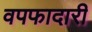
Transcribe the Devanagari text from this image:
वपफादारी